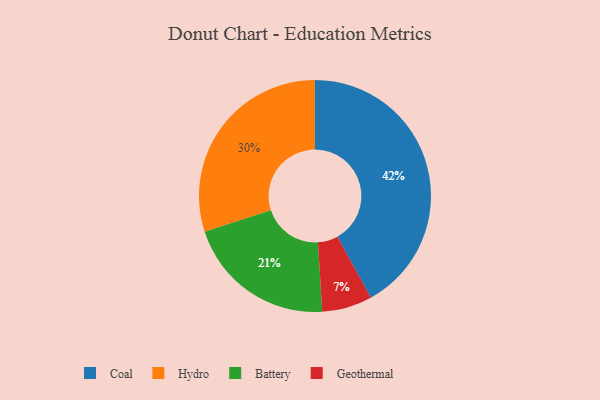
{"axis": {"x": "Category", "y": "Percentage"}, "legend": ["Battery", "Coal", "Geothermal", "Hydro"], "data": [{"x": "Geothermal", "y": 7, "type": "Geothermal"}, {"x": "Coal", "y": 42, "type": "Coal"}, {"x": "Battery", "y": 21, "type": "Battery"}, {"x": "Hydro", "y": 30, "type": "Hydro"}]}